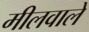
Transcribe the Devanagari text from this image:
मीलवाले